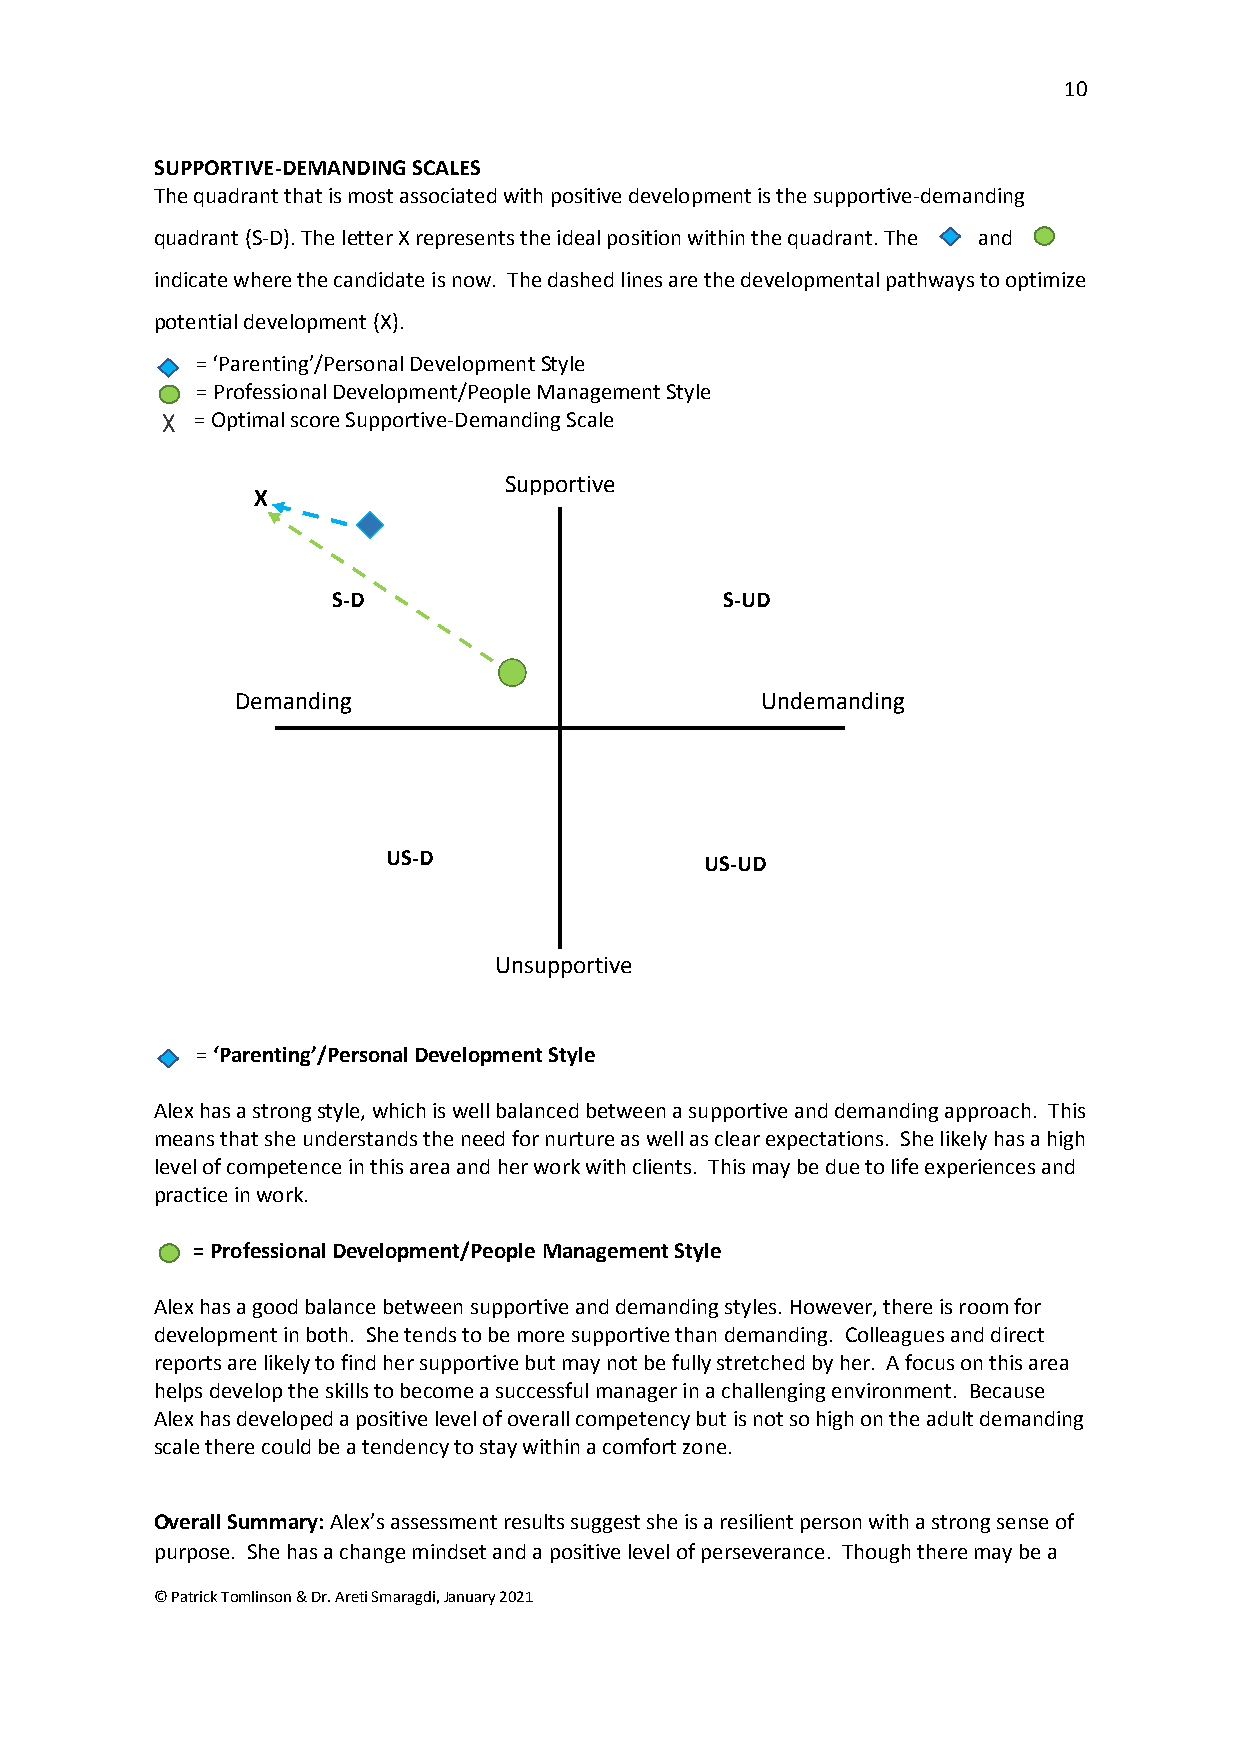
10
 SUPPORTIVE-DEMANDING SCALES
 The quadrant that is most associated with positive development is the supportive-demanding
 quadrant (S-D). The letter X represents the ideal position within the quadrant. The and
 indicate where the candidate is now. The dashed lines are the developmental pathways to optimize
 potential development (X).
 = ‘Parenting’/Personal Development Style
 = Professional Development/People Management Style
 = Optimal score Supportive-Demanding Scale
 Supportive
 X
 S-D                       S-UD
 Demanding                         Undemanding
 US-D                 US-UD
 Unsupportive
 = ‘Parenting’/Personal Development Style
 Alex has a strong style, which is well balanced between a supportive and demanding approach. This
 means that she understands the need for nurture as well as clear expectations. She likely has a high
 level of competence in this area and her work with clients. This may be due to life experiences and
 practice in work.
 = Professional Development/People Management Style
 Alex has a good balance between supportive and demanding styles. However, there is room for
 development in both. She tends to be more supportive than demanding. Colleagues and direct
 reports are likely to find her supportive but may not be fully stretched by her. A focus on this area
 helps develop the skills to become a successful manager in a challenging environment. Because
 Alex has developed a positive level of overall competency but is not so high on the adult demanding
 scale there could be a tendency to stay within a comfort zone.
 Overall Summary: Alex’s assessment results suggest she is a resilient person with a strong sense of
 purpose. She has a change mindset and a positive level of perseverance. Though there may be a
 © Patrick Tomlinson & Dr. Areti Smaragdi, January 2021